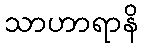
သာဟာရာနိ